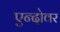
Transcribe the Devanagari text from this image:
एन्दोवर